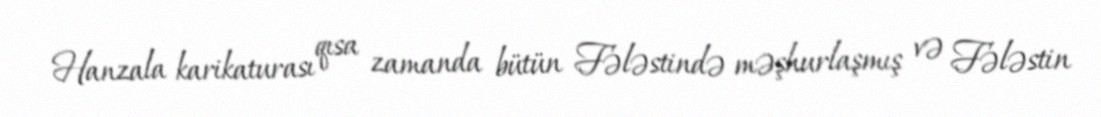
Hanzala karikaturası qısa zamanda bütün Fələstində məşhurlaşmış və Fələstin